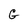
Character: G